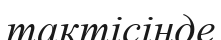
тактісінде